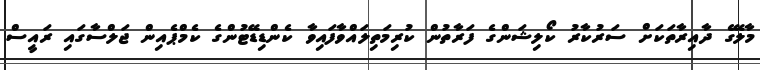
މާލޭގެ ދާއިރާތަކަށް ސަރުކާރު ކޯލިޝަންގެ ފަރާތުން ކުރިމަތިލައްވާފައިވާ ކެންޑިޑޭޓުންގެ ކެމްޕެއިން ޖަލްސާގައި ރައީސް